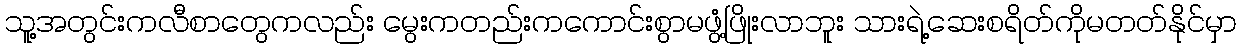
သူ့အတွင်းကလီစာတွေကလည်း မွေးကတည်းကကောင်းစွာမဖွံ့ဖြိုးလာဘူး သားရဲ့ဆေးစရိတ်ကိုမတတ်နိုင်မှာ